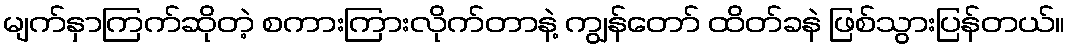
မျက်နှာကြက်ဆိုတဲ့ စကားကြားလိုက်တာနဲ့ ကျွန်တော် ထိတ်ခနဲ ဖြစ်သွားပြန်တယ်။